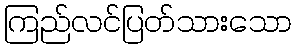
ကြည်လင်ပြတ်သားသော